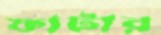
ফাটার